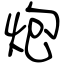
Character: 炮